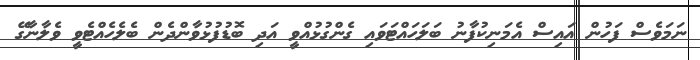
ނަމަވެސް ފަހުން އައިސް އެމަނިކުފާނު ބަލަހައްޓަވައި ގެންގުޅުއްވީ އަދި ބޮޑުފުޅުވާންދެން ބެލެހެއްޓެވީ ވެލާނާގޭ